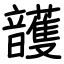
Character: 頀